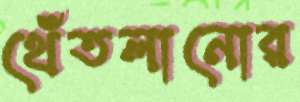
থেঁতলানোর